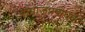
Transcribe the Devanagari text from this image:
समाजप्रबोधक